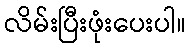
လိမ်းပြီးဖုံးပေးပါ။